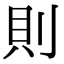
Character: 則